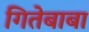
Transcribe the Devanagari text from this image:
गितेबाबा